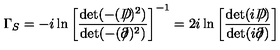
\Gamma _ { S } = - i \ln \left[ { \frac { \det ( - ( D \! \! \! \! \slash ) ^ { 2 } ) } { \det ( - ( \partial \! \! \! \slash ) ^ { 2 } ) } } \right] ^ { - 1 } = 2 i \ln \left[ { \frac { \det ( i D \! \! \! \! \slash ) } { \det ( i \partial \! \! \! \slash ) } } \right]